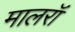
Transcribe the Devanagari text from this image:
मालरॉ